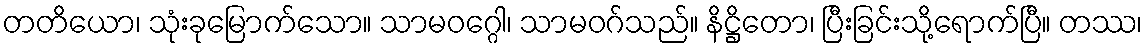
တတိယော၊ သုံးခုမြောက်သော။ သာမဝဂ္ဂေါ၊ သာမဝဂ်သည်။ နိဋ္ဌိတော၊ ပြီးခြင်းသို့ရောက်ပြီ။ တဿ၊